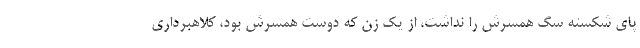
پای شکسته سگ همسرش را نداشت، از یک زن که دوست همسرش بود، کلاهبرداری